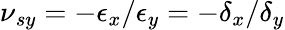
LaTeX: \nu{_{sy}}=-\epsilon{_x}/\epsilon{_y}=-\delta{_x}/\delta{_y}